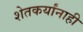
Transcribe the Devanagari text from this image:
शेतकर्यांनाही